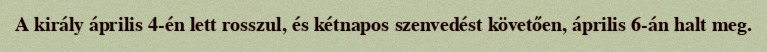
A király április 4-én lett rosszul, és kétnapos szenvedést követően, április 6-án halt meg.